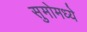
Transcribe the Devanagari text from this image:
सुमोमध्ये